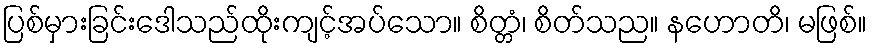
ပြစ်မှားခြင်းဒေါသည်ထိုးကျင့်အပ်သော။ စိတ္တံ၊ စိတ်သည။ နဟောတိ၊ မဖြစ်။